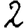
Digit: 2